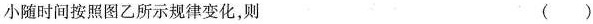
小随时间按照图乙所示规律变化，则 ( )